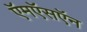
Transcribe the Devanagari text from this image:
ऍमऍसऍन